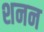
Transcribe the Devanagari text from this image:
शनन